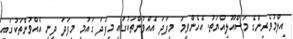
އިލްމުވެރިންގެ މަސްއޫލިއްޔަތު. އެހެންވީމަ މިފަދަ އެއްވުންތަކުގައި މިފަދަ ގައުމީ މިފަދަ ދީނީ އެއްވުންތަކުގައި